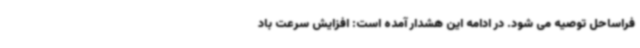
فراساحل توصیه می شود. در ادامه این هشدار آمده است: افزایش سرعت باد